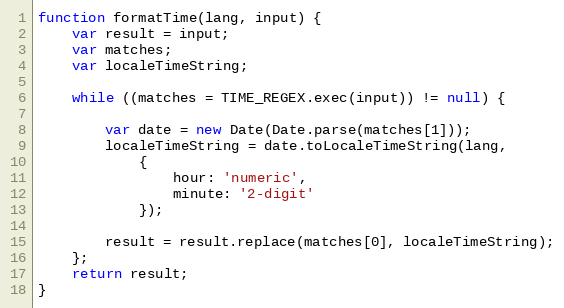
Language: JavaScript
function formatTime(lang, input) {
	var result = input;
	var matches;
	var localeTimeString;

	while ((matches = TIME_REGEX.exec(input)) != null) {

		var date = new Date(Date.parse(matches[1]));
		localeTimeString = date.toLocaleTimeString(lang,
			{
				hour: 'numeric',
				minute: '2-digit'
			});

		result = result.replace(matches[0], localeTimeString);
	};
	return result;
}